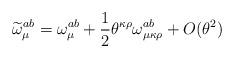
LaTeX: \begin{align*}\widetilde{\omega}_{\mu}^{ab}=\omega_{\mu}^{ab}+\frac{1}{2}\theta^{\kappa\rho}\omega_{\mu\kappa\rho}^{ab}+O(\theta^{2})\end{align*}